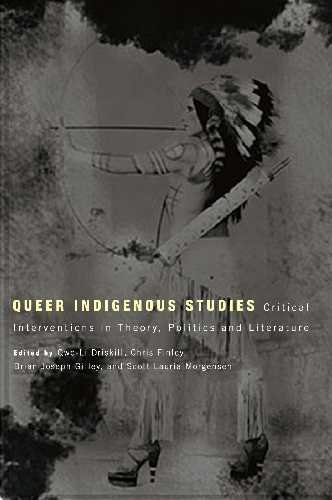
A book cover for Queer Indigenous Studies: Critical Interventions in Theory, Politics, and Literature (First Peoples: New Directions in Indigenous Studies); Gay & Lesbian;